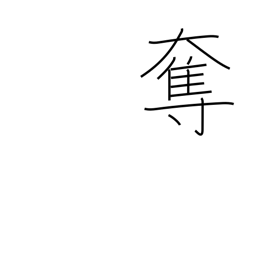
Meaning: usurp